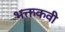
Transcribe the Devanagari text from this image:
भक्तकवी